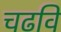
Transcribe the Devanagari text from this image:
चढविं